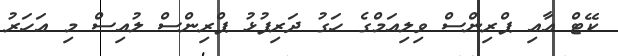
ކޭޓް އާއި ޕްރިންސް ވިލިއަމްގެ ހަގު ދަރިފުޅު ޕްރިންސް ލުއިސް މި އަހަަރު